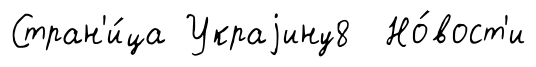
Стран'и́ца Украjину8 Но́вост'и